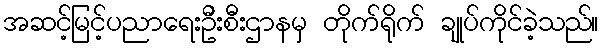
အဆင့်မြင့်ပညာရေးဦးစီးဌာနမှ တိုက်ရိုက် ချုပ်ကိုင်ခဲ့သည်။